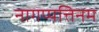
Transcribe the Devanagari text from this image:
नागप्पत्तिनम